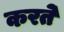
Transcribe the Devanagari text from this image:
करते